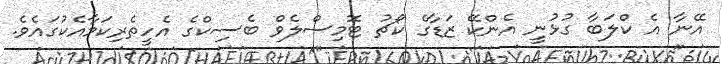
އޭނާ އެ ކްލަބާ ގުޅުނީ އެންކޭ ޒަޑާގެ ކޯޗު ޓޮމިސްލެވް ބެސިކްގެ އެހީތެރިކަމާއެކުގައެވެ.